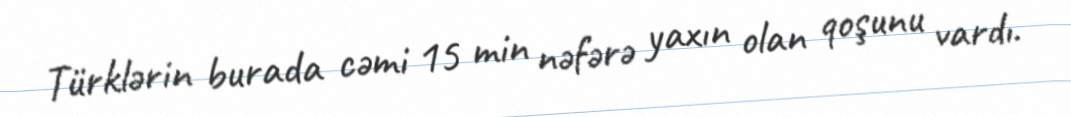
Türklərin burada cəmi 15 min nəfərə yaxın olan qoşunu vardı.